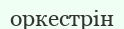
оркестрін